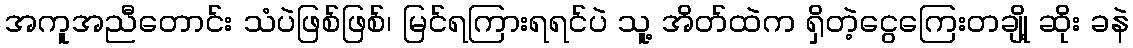
အကူအညီတောင်း သံပဲဖြစ်ဖြစ်၊ မြင်ရကြားရရင်ပဲ သူ့ အိတ်ထဲက ရှိတဲ့ငွေကြေးတချို့ ဆိုး ခနဲ